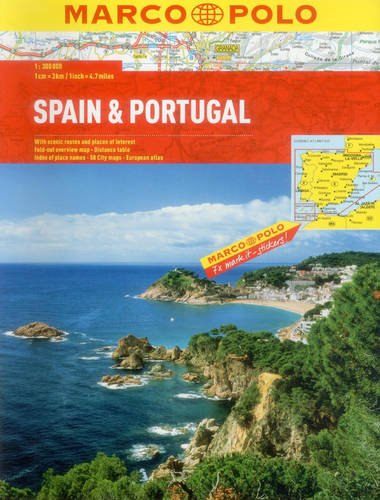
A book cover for Spain Portugal Marco Polo Road Atlas; Marco Polo Travel; Travel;